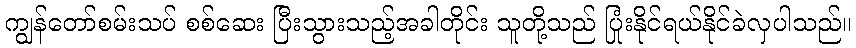
ကျွန်တော်စမ်းသပ် စစ်ဆေး ပြီးသွားသည့်အခါတိုင်း သူတို့သည် ပြုံးနိုင်ရယ်နိုင်ခဲလှပါသည်။